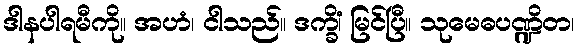
ဒါနပါရမီကို။ အဟံ၊ ငါသည်။ ဒက္ခိံ၊ မြင်ပြီ။ သုမေဓပဏ္ဍိတ၊